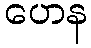
ဟေန